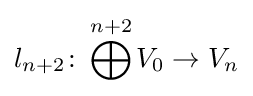
l_{n+2}\colon \bigoplus ^{n+2}V_{0}\to V_{n}